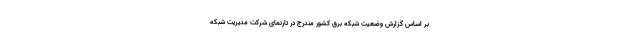
بر اساس گزارش وضعیت شبکه برق کشور مندرج در تارنمای شرکت مدیریت شبکه